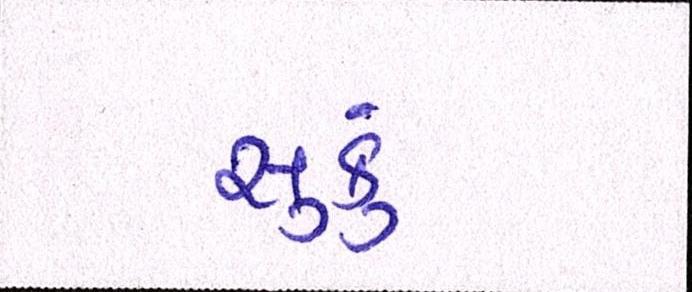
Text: સુકું